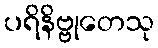
ပရိနိဗ္ဗုတေသု